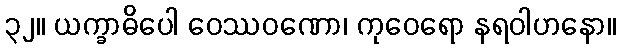
၃၂။ ယက္ခာဓိပေါ ဝေဿဝဏော၊ ကုဝေရော နရဝါဟနော။